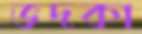
ভদকা